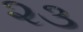
૨૩